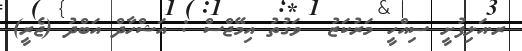
ރ.އަލިފުށީ ސިއްހީ މަރުކަޒު  ވަގުތު އިމޭޖްސް : އަޝްހާދް އަބްދު (ޖެރީ)